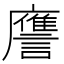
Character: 譍